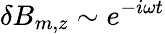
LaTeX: \delta B_{m,z}\sim e^{-i\omega t}